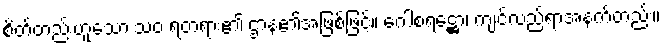
စိတ်တည်းဟူသော သံဝ ရတရား၏ ဌာန၏အဖြစ်ဖြင့်။ ဂေါစရဋ္ဌော၊ ကျင်လည်ရာအနက်တည်း။